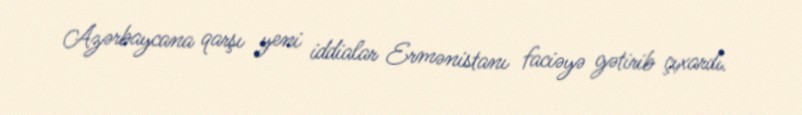
Azərbaycana qarşı yeni iddialar Ermənistanı faciəyə gətirib çıxardı.